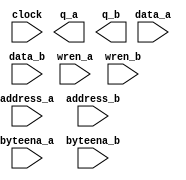
// megafunction wizard: %RAM: 2-PORT%VBB%
// GENERATION: STANDARD
// VERSION: WM1.0
// MODULE: altsyncram 

// ============================================================
// Megafunction Name(s):
// 			altsyncram
//
// Simulation Library Files(s):
// 			altera_mf
// ============================================================
// ************************************************************
// THIS IS A WIZARD-GENERATED FILE. DO NOT EDIT THIS FILE!
//
// 13.0.0 Build 156 04/24/2013 SJ Web Edition
// ************************************************************

//Copyright (C) 1991-2013 Altera Corporation
//Your use of Altera Corporation's design tools, logic functions 
//and other software and tools, and its AMPP partner logic 
//functions, and any output files from any of the foregoing 
//(including device programming or simulation files), and any 
//associated documentation or information are expressly subject 
//to the terms and conditions of the Altera Program License 
//Subscription Agreement, Altera MegaCore Function License 
//Agreement, or other applicable license agreement, including, 
//without limitation, that your use is for the sole purpose of 
//programming logic devices manufactured by Altera and sold by 
//Altera or its authorized distributors.  Please refer to the 
//applicable agreement for further details.

module ram (
	address_a,
	address_b,
	byteena_a,
	byteena_b,
	clock,
	data_a,
	data_b,
	wren_a,
	wren_b,
	q_a,
	q_b);

	input	[9:0]  address_a;
	input	[9:0]  address_b;
	input	[3:0]  byteena_a;
	input	[3:0]  byteena_b;
	input	  clock;
	input	[31:0]  data_a;
	input	[31:0]  data_b;
	input	  wren_a;
	input	  wren_b;
	output	[31:0]  q_a;
	output	[31:0]  q_b;
`ifndef ALTERA_RESERVED_QIS
// synopsys translate_off
`endif
	tri1	[3:0]  byteena_a;
	tri1	[3:0]  byteena_b;
	tri1	  clock;
	tri0	  wren_a;
	tri0	  wren_b;
`ifndef ALTERA_RESERVED_QIS
// synopsys translate_on
`endif

endmodule

// ============================================================
// CNX file retrieval info
// ============================================================
// Retrieval info: PRIVATE: ADDRESSSTALL_A NUMERIC "0"
// Retrieval info: PRIVATE: ADDRESSSTALL_B NUMERIC "0"
// Retrieval info: PRIVATE: BYTEENA_ACLR_A NUMERIC "0"
// Retrieval info: PRIVATE: BYTEENA_ACLR_B NUMERIC "0"
// Retrieval info: PRIVATE: BYTE_ENABLE_A NUMERIC "1"
// Retrieval info: PRIVATE: BYTE_ENABLE_B NUMERIC "1"
// Retrieval info: PRIVATE: BYTE_SIZE NUMERIC "8"
// Retrieval info: PRIVATE: BlankMemory NUMERIC "1"
// Retrieval info: PRIVATE: CLOCK_ENABLE_INPUT_A NUMERIC "0"
// Retrieval info: PRIVATE: CLOCK_ENABLE_INPUT_B NUMERIC "0"
// Retrieval info: PRIVATE: CLOCK_ENABLE_OUTPUT_A NUMERIC "0"
// Retrieval info: PRIVATE: CLOCK_ENABLE_OUTPUT_B NUMERIC "0"
// Retrieval info: PRIVATE: CLRdata NUMERIC "0"
// Retrieval info: PRIVATE: CLRq NUMERIC "0"
// Retrieval info: PRIVATE: CLRrdaddress NUMERIC "0"
// Retrieval info: PRIVATE: CLRrren NUMERIC "0"
// Retrieval info: PRIVATE: CLRwraddress NUMERIC "0"
// Retrieval info: PRIVATE: CLRwren NUMERIC "0"
// Retrieval info: PRIVATE: Clock NUMERIC "0"
// Retrieval info: PRIVATE: Clock_A NUMERIC "0"
// Retrieval info: PRIVATE: Clock_B NUMERIC "0"
// Retrieval info: PRIVATE: IMPLEMENT_IN_LES NUMERIC "0"
// Retrieval info: PRIVATE: INDATA_ACLR_B NUMERIC "0"
// Retrieval info: PRIVATE: INDATA_REG_B NUMERIC "1"
// Retrieval info: PRIVATE: INIT_FILE_LAYOUT STRING "PORT_A"
// Retrieval info: PRIVATE: INIT_TO_SIM_X NUMERIC "0"
// Retrieval info: PRIVATE: INTENDED_DEVICE_FAMILY STRING "Cyclone IV E"
// Retrieval info: PRIVATE: JTAG_ENABLED NUMERIC "0"
// Retrieval info: PRIVATE: JTAG_ID STRING "NONE"
// Retrieval info: PRIVATE: MAXIMUM_DEPTH NUMERIC "0"
// Retrieval info: PRIVATE: MEMSIZE NUMERIC "32768"
// Retrieval info: PRIVATE: MEM_IN_BITS NUMERIC "0"
// Retrieval info: PRIVATE: MIFfilename STRING "../rom.hex"
// Retrieval info: PRIVATE: OPERATION_MODE NUMERIC "3"
// Retrieval info: PRIVATE: OUTDATA_ACLR_B NUMERIC "0"
// Retrieval info: PRIVATE: OUTDATA_REG_B NUMERIC "0"
// Retrieval info: PRIVATE: RAM_BLOCK_TYPE NUMERIC "0"
// Retrieval info: PRIVATE: READ_DURING_WRITE_MODE_MIXED_PORTS NUMERIC "1"
// Retrieval info: PRIVATE: READ_DURING_WRITE_MODE_PORT_A NUMERIC "4"
// Retrieval info: PRIVATE: READ_DURING_WRITE_MODE_PORT_B NUMERIC "4"
// Retrieval info: PRIVATE: REGdata NUMERIC "1"
// Retrieval info: PRIVATE: REGq NUMERIC "0"
// Retrieval info: PRIVATE: REGrdaddress NUMERIC "0"
// Retrieval info: PRIVATE: REGrren NUMERIC "0"
// Retrieval info: PRIVATE: REGwraddress NUMERIC "1"
// Retrieval info: PRIVATE: REGwren NUMERIC "1"
// Retrieval info: PRIVATE: SYNTH_WRAPPER_GEN_POSTFIX STRING "1"
// Retrieval info: PRIVATE: USE_DIFF_CLKEN NUMERIC "0"
// Retrieval info: PRIVATE: UseDPRAM NUMERIC "1"
// Retrieval info: PRIVATE: VarWidth NUMERIC "0"
// Retrieval info: PRIVATE: WIDTH_READ_A NUMERIC "32"
// Retrieval info: PRIVATE: WIDTH_READ_B NUMERIC "32"
// Retrieval info: PRIVATE: WIDTH_WRITE_A NUMERIC "32"
// Retrieval info: PRIVATE: WIDTH_WRITE_B NUMERIC "32"
// Retrieval info: PRIVATE: WRADDR_ACLR_B NUMERIC "0"
// Retrieval info: PRIVATE: WRADDR_REG_B NUMERIC "1"
// Retrieval info: PRIVATE: WRCTRL_ACLR_B NUMERIC "0"
// Retrieval info: PRIVATE: enable NUMERIC "0"
// Retrieval info: PRIVATE: rden NUMERIC "0"
// Retrieval info: LIBRARY: altera_mf altera_mf.altera_mf_components.all
// Retrieval info: CONSTANT: ADDRESS_REG_B STRING "CLOCK0"
// Retrieval info: CONSTANT: BYTEENA_REG_B STRING "CLOCK0"
// Retrieval info: CONSTANT: BYTE_SIZE NUMERIC "8"
// Retrieval info: CONSTANT: CLOCK_ENABLE_INPUT_A STRING "BYPASS"
// Retrieval info: CONSTANT: CLOCK_ENABLE_INPUT_B STRING "BYPASS"
// Retrieval info: CONSTANT: CLOCK_ENABLE_OUTPUT_A STRING "BYPASS"
// Retrieval info: CONSTANT: CLOCK_ENABLE_OUTPUT_B STRING "BYPASS"
// Retrieval info: CONSTANT: INDATA_REG_B STRING "CLOCK0"
// Retrieval info: CONSTANT: INTENDED_DEVICE_FAMILY STRING "Cyclone IV E"
// Retrieval info: CONSTANT: LPM_TYPE STRING "altsyncram"
// Retrieval info: CONSTANT: NUMWORDS_A NUMERIC "1024"
// Retrieval info: CONSTANT: NUMWORDS_B NUMERIC "1024"
// Retrieval info: CONSTANT: OPERATION_MODE STRING "BIDIR_DUAL_PORT"
// Retrieval info: CONSTANT: OUTDATA_ACLR_A STRING "NONE"
// Retrieval info: CONSTANT: OUTDATA_ACLR_B STRING "NONE"
// Retrieval info: CONSTANT: OUTDATA_REG_A STRING "UNREGISTERED"
// Retrieval info: CONSTANT: OUTDATA_REG_B STRING "UNREGISTERED"
// Retrieval info: CONSTANT: POWER_UP_UNINITIALIZED STRING "FALSE"
// Retrieval info: CONSTANT: READ_DURING_WRITE_MODE_MIXED_PORTS STRING "OLD_DATA"
// Retrieval info: CONSTANT: READ_DURING_WRITE_MODE_PORT_A STRING "NEW_DATA_WITH_NBE_READ"
// Retrieval info: CONSTANT: READ_DURING_WRITE_MODE_PORT_B STRING "NEW_DATA_WITH_NBE_READ"
// Retrieval info: CONSTANT: WIDTHAD_A NUMERIC "10"
// Retrieval info: CONSTANT: WIDTHAD_B NUMERIC "10"
// Retrieval info: CONSTANT: WIDTH_A NUMERIC "32"
// Retrieval info: CONSTANT: WIDTH_B NUMERIC "32"
// Retrieval info: CONSTANT: WIDTH_BYTEENA_A NUMERIC "4"
// Retrieval info: CONSTANT: WIDTH_BYTEENA_B NUMERIC "4"
// Retrieval info: CONSTANT: WRCONTROL_WRADDRESS_REG_B STRING "CLOCK0"
// Retrieval info: USED_PORT: address_a 0 0 10 0 INPUT NODEFVAL "address_a[9..0]"
// Retrieval info: USED_PORT: address_b 0 0 10 0 INPUT NODEFVAL "address_b[9..0]"
// Retrieval info: USED_PORT: byteena_a 0 0 4 0 INPUT VCC "byteena_a[3..0]"
// Retrieval info: USED_PORT: byteena_b 0 0 4 0 INPUT VCC "byteena_b[3..0]"
// Retrieval info: USED_PORT: clock 0 0 0 0 INPUT VCC "clock"
// Retrieval info: USED_PORT: data_a 0 0 32 0 INPUT NODEFVAL "data_a[31..0]"
// Retrieval info: USED_PORT: data_b 0 0 32 0 INPUT NODEFVAL "data_b[31..0]"
// Retrieval info: USED_PORT: q_a 0 0 32 0 OUTPUT NODEFVAL "q_a[31..0]"
// Retrieval info: USED_PORT: q_b 0 0 32 0 OUTPUT NODEFVAL "q_b[31..0]"
// Retrieval info: USED_PORT: wren_a 0 0 0 0 INPUT GND "wren_a"
// Retrieval info: USED_PORT: wren_b 0 0 0 0 INPUT GND "wren_b"
// Retrieval info: CONNECT: @address_a 0 0 10 0 address_a 0 0 10 0
// Retrieval info: CONNECT: @address_b 0 0 10 0 address_b 0 0 10 0
// Retrieval info: CONNECT: @byteena_a 0 0 4 0 byteena_a 0 0 4 0
// Retrieval info: CONNECT: @byteena_b 0 0 4 0 byteena_b 0 0 4 0
// Retrieval info: CONNECT: @clock0 0 0 0 0 clock 0 0 0 0
// Retrieval info: CONNECT: @data_a 0 0 32 0 data_a 0 0 32 0
// Retrieval info: CONNECT: @data_b 0 0 32 0 data_b 0 0 32 0
// Retrieval info: CONNECT: @wren_a 0 0 0 0 wren_a 0 0 0 0
// Retrieval info: CONNECT: @wren_b 0 0 0 0 wren_b 0 0 0 0
// Retrieval info: CONNECT: q_a 0 0 32 0 @q_a 0 0 32 0
// Retrieval info: CONNECT: q_b 0 0 32 0 @q_b 0 0 32 0
// Retrieval info: GEN_FILE: TYPE_NORMAL ram.v TRUE
// Retrieval info: GEN_FILE: TYPE_NORMAL ram.inc FALSE
// Retrieval info: GEN_FILE: TYPE_NORMAL ram.cmp FALSE
// Retrieval info: GEN_FILE: TYPE_NORMAL ram.bsf FALSE
// Retrieval info: GEN_FILE: TYPE_NORMAL ram_inst.v TRUE
// Retrieval info: GEN_FILE: TYPE_NORMAL ram_bb.v TRUE
// Retrieval info: GEN_FILE: TYPE_NORMAL ram_syn.v TRUE
// Retrieval info: LIB_FILE: altera_mf